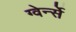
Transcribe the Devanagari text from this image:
ग्वेर्न्से